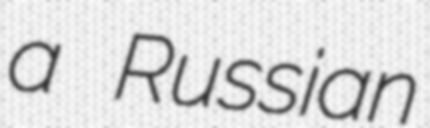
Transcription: a Russian